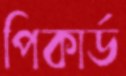
পিকার্ড